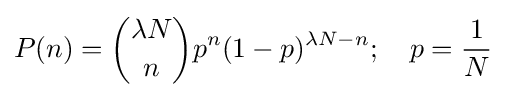
P(n)={\binom {\lambda N}{n}}p^{n}(1-p)^{\lambda N-n};\quad p={\frac {1}{N}}